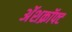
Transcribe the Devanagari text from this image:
अॅशक्रॉफ्ट